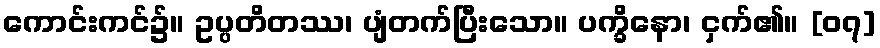
ကောင်းကင်၌။ ဥပ္ပတိတဿ၊ ပျံတက်ပြီးသော။ ပက္ခိနော၊ ငှက်၏။ [၀၇]